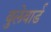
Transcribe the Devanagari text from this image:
वुलेवार्ड